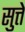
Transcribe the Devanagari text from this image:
सुत्ते